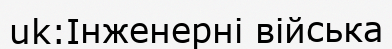
uk:Інженерні війська